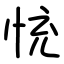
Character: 㤝